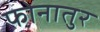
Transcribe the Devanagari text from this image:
फोनातुर